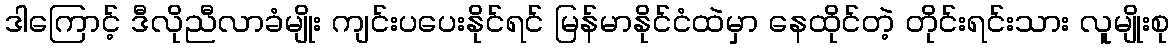
ဒါကြောင့် ဒီလိုညီလာခံမျိုး ကျင်းပပေးနိုင်ရင် မြန်မာနိုင်ငံထဲမှာ နေထိုင်တဲ့ တိုင်းရင်းသား လူမျိုးစု